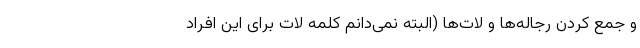
و جمع کردن رجاله‌ها و لات‌ها (البته نمی‌دانم کلمه لات برای این افراد